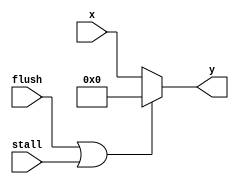
module S4MUX(flush, stall, x, y);
input flush, stall;
input[3:0] x;
output[3:0] y;

assign y = ((flush||stall)==1)? 0 : x;

endmodule